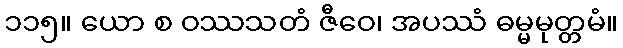
၁၁၅။ ယော စ ဝဿသတံ ဇီဝေ၊ အပဿံ ဓမ္မမုတ္တမံ။